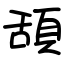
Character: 頢